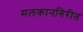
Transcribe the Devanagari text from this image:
मलकानगिरीत